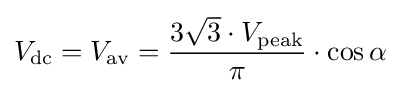
V_{\mathrm {dc} }=V_{\mathrm {av} }={\frac {3{\sqrt {3}}\cdot V_{\mathrm {peak} }}{\pi }}\cdot \cos \alpha